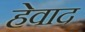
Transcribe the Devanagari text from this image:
हेवाद